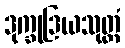
ဒုက္ခုဒြယသုတ္တံ